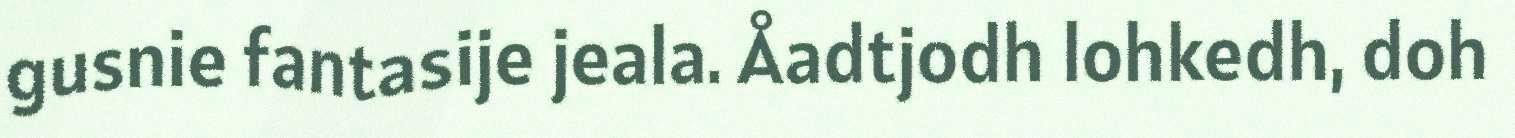
gusnie fantasije jeala. Åadtjodh lohkedh, doh